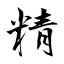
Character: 精